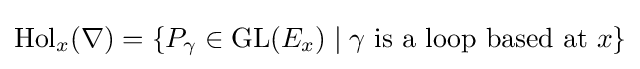
\operatorname {Hol} _{x}(\nabla )=\{P_{\gamma }\in \mathrm {GL} (E_{x})\mid \gamma {\text{ is a loop based at }}x\}